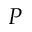
P